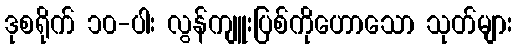
ဒုစရိုက် ၁၀-ပါး လွန်ကျူးပြစ်ကိုဟောသော သုတ်များ